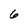
Character: 6